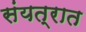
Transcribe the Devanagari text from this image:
संयत्रात